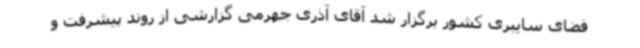
فضای سایبری کشور برگزار شد آقای آذری جهرمی گزارشی از روند پیشرفت و